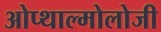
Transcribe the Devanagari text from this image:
ओप्थाल्मोलोजी